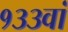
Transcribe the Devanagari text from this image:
१३३वां